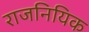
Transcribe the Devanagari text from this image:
राजनियिक